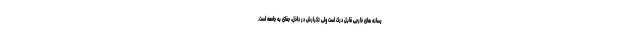
رسانه های خارجی قابل درک است ولی تکرارش در داخل، جفای به جامعه است.